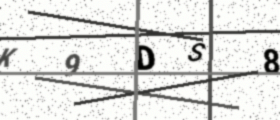
Text: K9DS8